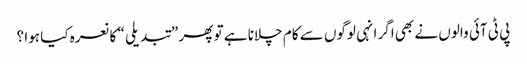
پی ٹی آئی والوں نے بھی اگر انہی لوگوں سے کام چلانا ہے تو پھر ”تبدیلی “ کا نعرہ کیا ہوا ؟